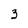
Character: 3